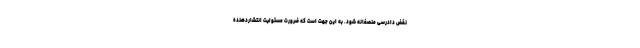
نقض دادرسی منصفانه شود. به این جهت است که ضرورت مسئولیت انتشاردهنده